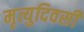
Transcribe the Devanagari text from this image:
मृत्युदिवसी